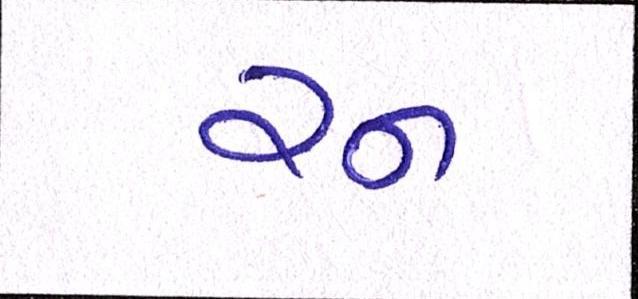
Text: રન